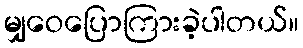
မျှဝေပြောကြားခဲ့ပါတယ်။